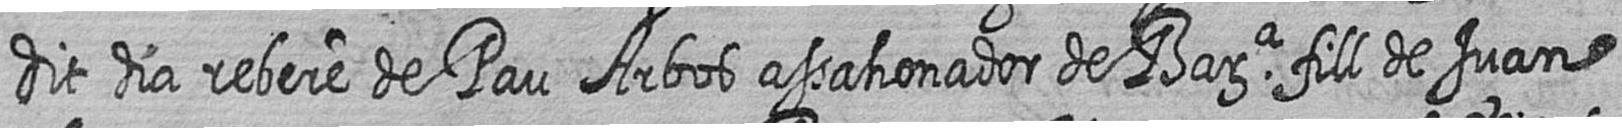
dit dia rebere de Pau Arbos assahonador de Bara fill de Juan